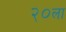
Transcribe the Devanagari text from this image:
२०ला